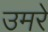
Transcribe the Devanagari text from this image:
उमरे